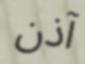
آذن